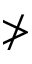
\ngtr